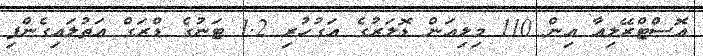
އޮސްޓްރޭލިއާ އިން 110 މިލިއަން ޑޮލަރުގެ އަގުހުރި 1.2 ޓަނުގެ ޑްރަގް އަތުލައިގެންފި